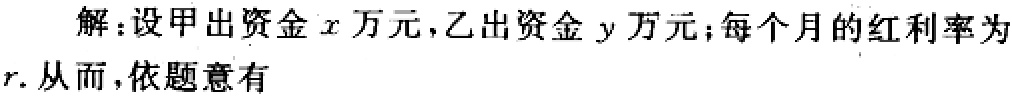
解：设甲出资金\(x\)万元，乙出资金\(y\)万元；每个月的红利率为\(r\). 从而，依题意有